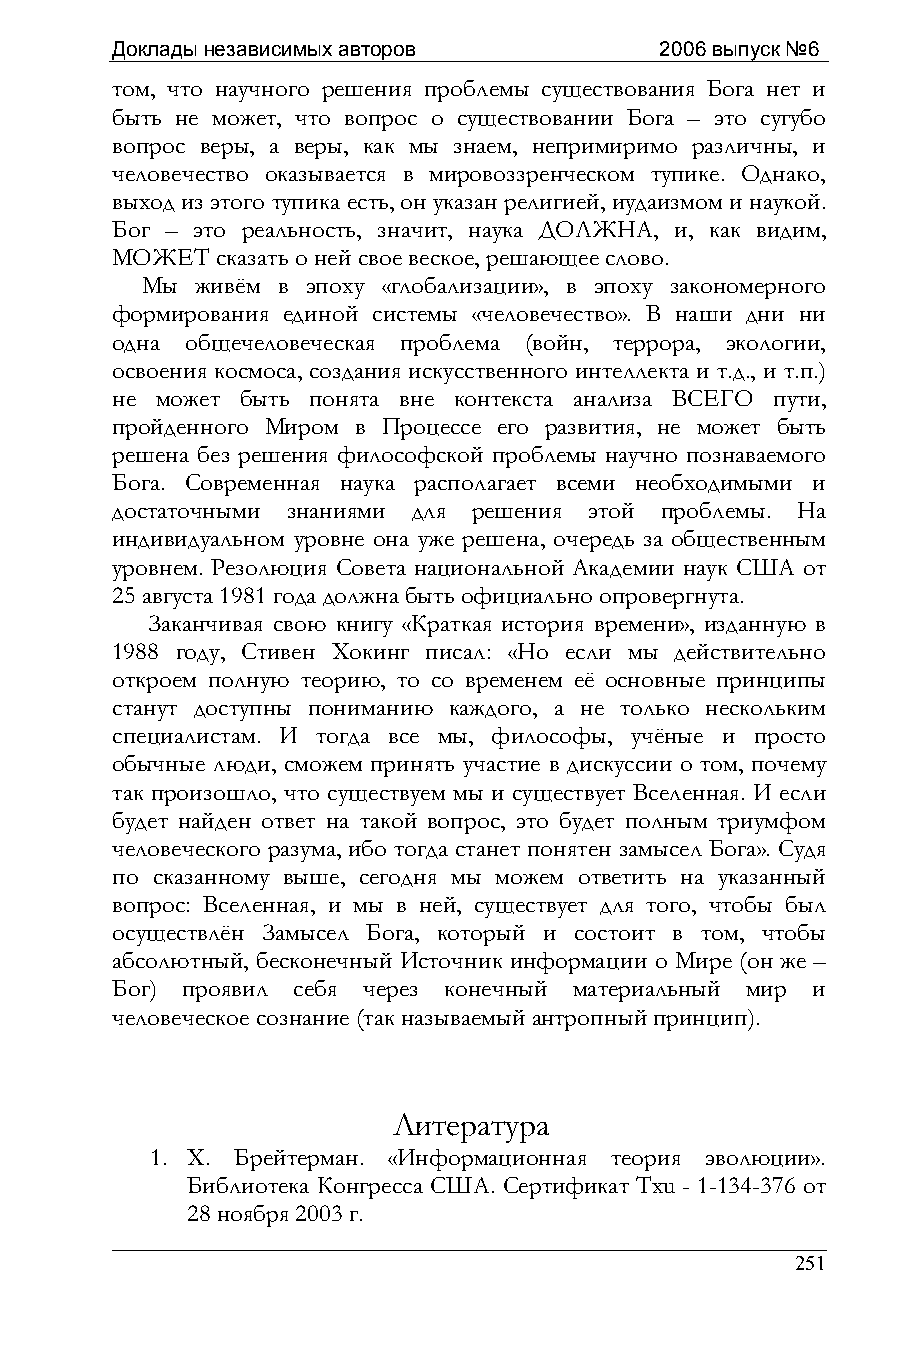
Доклады независимых авторов          2006 выпуск №6
 том, что научного решения проблемы существования Бога нет и
 быть не может, что вопрос о существовании Бога – это сугубо
 вопрос веры, а веры, как мы знаем, непримиримо различны, и
 человечество оказывается в мировоззренческом тупике. Однако,
 выход из этого тупика есть, он указан религией, иудаизмом и наукой.
 Бог – это реальность, значит, наука ДОЛЖНА, и, как видим,
 МОЖЕТ  сказать о ней свое веское, решающее слово.
 Мы  живём в эпоху «глобализации», в эпоху закономерного
 формирования единой системы «человечество». В наши дни ни
 одна общечеловеческая проблема (войн, террора, экологии,
 освоения космоса, создания искусственного интеллекта и т.д., и т.п.)
 не может быть понята вне контекста анализа ВСЕГО пути,
 пройденного Миром в Процессе его развития, не может быть
 решена без решения философской проблемы научно познаваемого
 Бога. Современная наука располагает всеми необходимыми и
 достаточными знаниями для решения этой проблемы. На
 индивидуальном уровне она уже решена, очередь за общественным
 уровнем. Резолюция Совета национальной Академии наук США от
 25 августа 1981 года должна быть официально опровергнута.
 Заканчивая свою книгу «Краткая история времени», изданную в
 1988 году, Стивен Хокинг писал: «Но если мы действительно
 откроем полную теорию, то со временем её основные принципы
 станут доступны пониманию каждого, а не только нескольким
 специалистам. И тогда все мы, философы, учёные и просто
 обычные люди, сможем принять участие в дискуссии о том, почему
 так произошло, что существуем мы и существует Вселенная. И если
 будет найден ответ на такой вопрос, это будет полным триумфом
 человеческого разума, ибо тогда станет понятен замысел Бога». Судя
 по сказанному выше, сегодня мы можем ответить на указанный
 вопрос: Вселенная, и мы в ней, существует для того, чтобы был
 осуществлён Замысел Бога, который и состоит в том, чтобы
 абсолютный, бесконечный Источник информации о Мире (он же –
 Бог) проявил себя через конечный материальный мир и
 человеческое сознание (так называемый антропный принцип).
 Литература
 1. Х. Брейтерман. «Информационная теория эволюции».
 Библиотека Конгресса США. Сертификат Тхu - 1-134-376 от
 28 ноября 2003 г.
 251